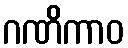
ဂဏိကာဝ